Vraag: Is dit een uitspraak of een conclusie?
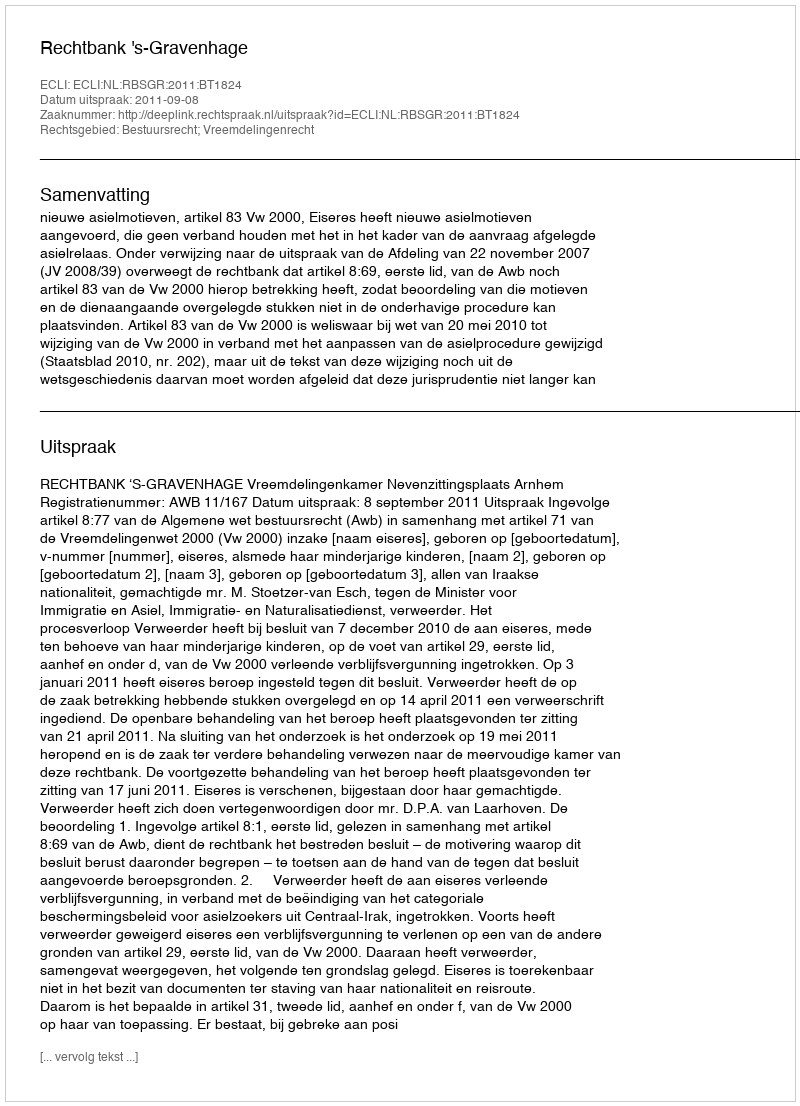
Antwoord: Uitspraak